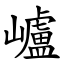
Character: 㠠